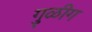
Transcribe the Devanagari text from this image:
गुळीग